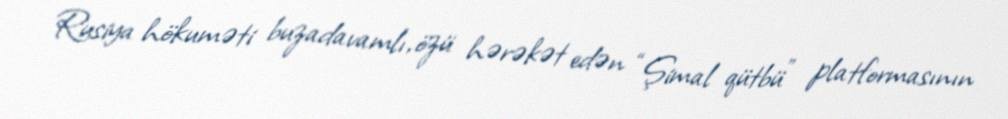
Rusiya hökuməti buzadavamlı, özü hərəkət edən “Şimal qütbü” platformasının